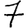
Digit: 7